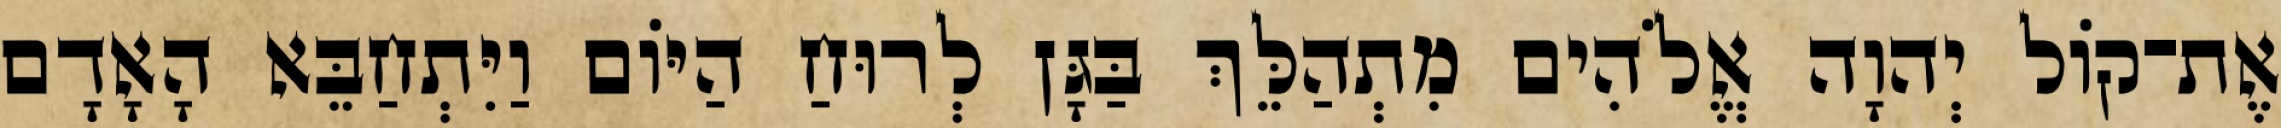
אֶת־קֹול יְהוָה אֱלֹהִים מִתְהַלֵּךְ בַּגָּן לְרוּחַ הַיֹּום וַיִּתְחַבֵּא הָאָדָם